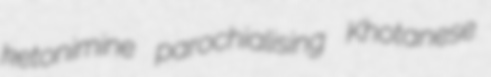
ketonimine parochialising Khotanese